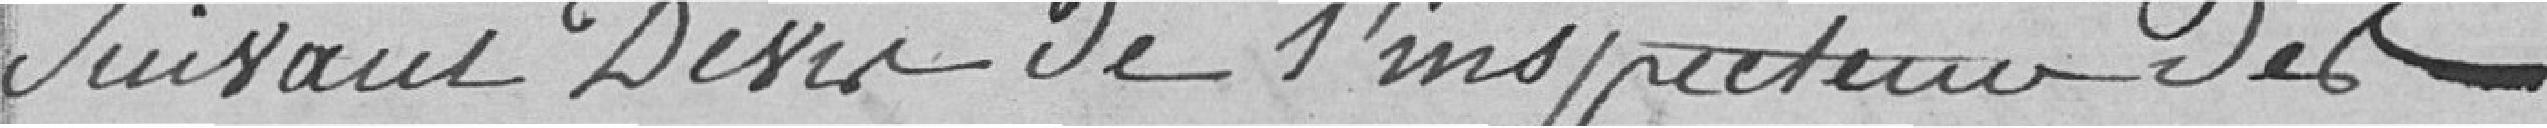
Suivant devis de l'inspecteur des